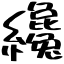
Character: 纔